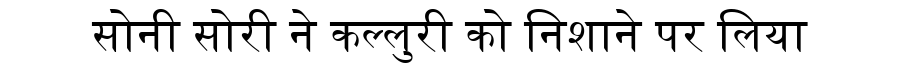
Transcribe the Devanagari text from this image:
सोनी सोरी ने कल्लुरी को निशाने पर लिया